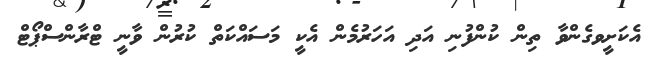
އެކަށީވގެންވާ ތިން ކުންފުނި އަދި އަހަރުމެން އެކީ މަސައްކަތް ކުރުން ވާނީ ޓްރާންސްޕޯޓް